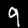
Label: 9